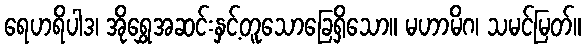
ရေဟရိပါဒ၊ အိုရွှေအဆင်းနှင့်တူသောခြေရှိသော။ မဟာမိဂ၊ သမင်မြတ်။